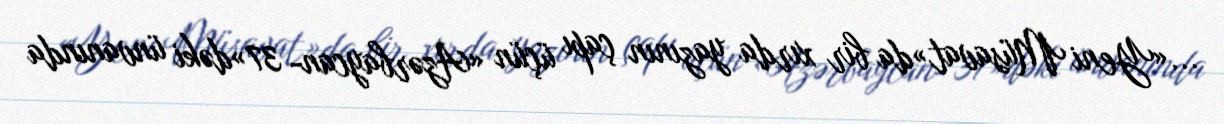
...«Yeni Müsavat»da bir xırda yazının çapı üçün «Azərbaycan- 37»dəki ünvanında